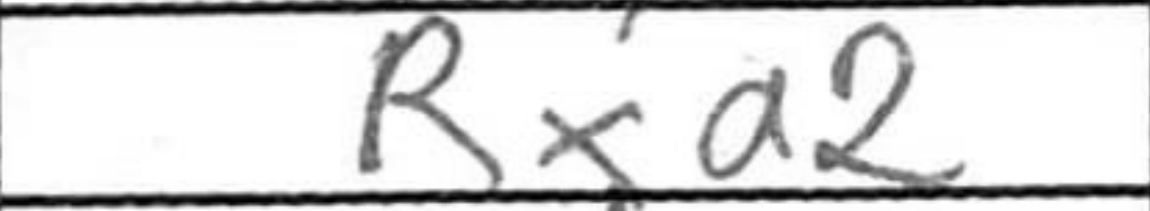
Transcription: Rxa2